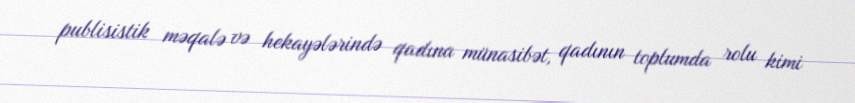
publisistik məqalə və hekayələrində qadına münasibət, qadının toplumda rolu kimi